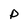
Character: P